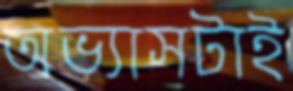
অভ্যাসটাই